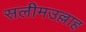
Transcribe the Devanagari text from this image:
सलीमउल्लाह